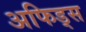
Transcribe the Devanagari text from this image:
अफिड्स